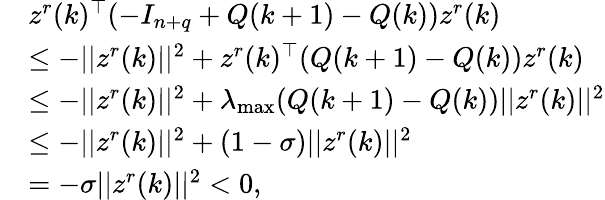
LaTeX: \begin{array}{rl}&{z^{r}(k)^{\top}(-I_{n+q}+Q(k+1)-Q(k))z^{r}(k)}\\ &{\leq-\lvert|z^{r}(k)\rvert|^{2}+z^{r}(k)^{\top}(Q(k+1)-Q(k))z^{r}(k)}\\ &{\leq-\lvert|z^{r}(k)\rvert|^{2}+\lambda_{\operatorname*{max}}(Q(k+1)-Q(k))\lvert|z^{r}(k)\rvert|^{2}}\\ &{\leq-\lvert|z^{r}(k)\rvert|^{2}+(1-\sigma)\lvert|z^{r}(k)\rvert|^{2}}\\ &{=-\sigma\lvert|z^{r}(k)\rvert|^{2}<0,}\end{array}